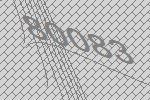
80083